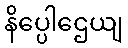
နိပ္ပေါဌေယျ